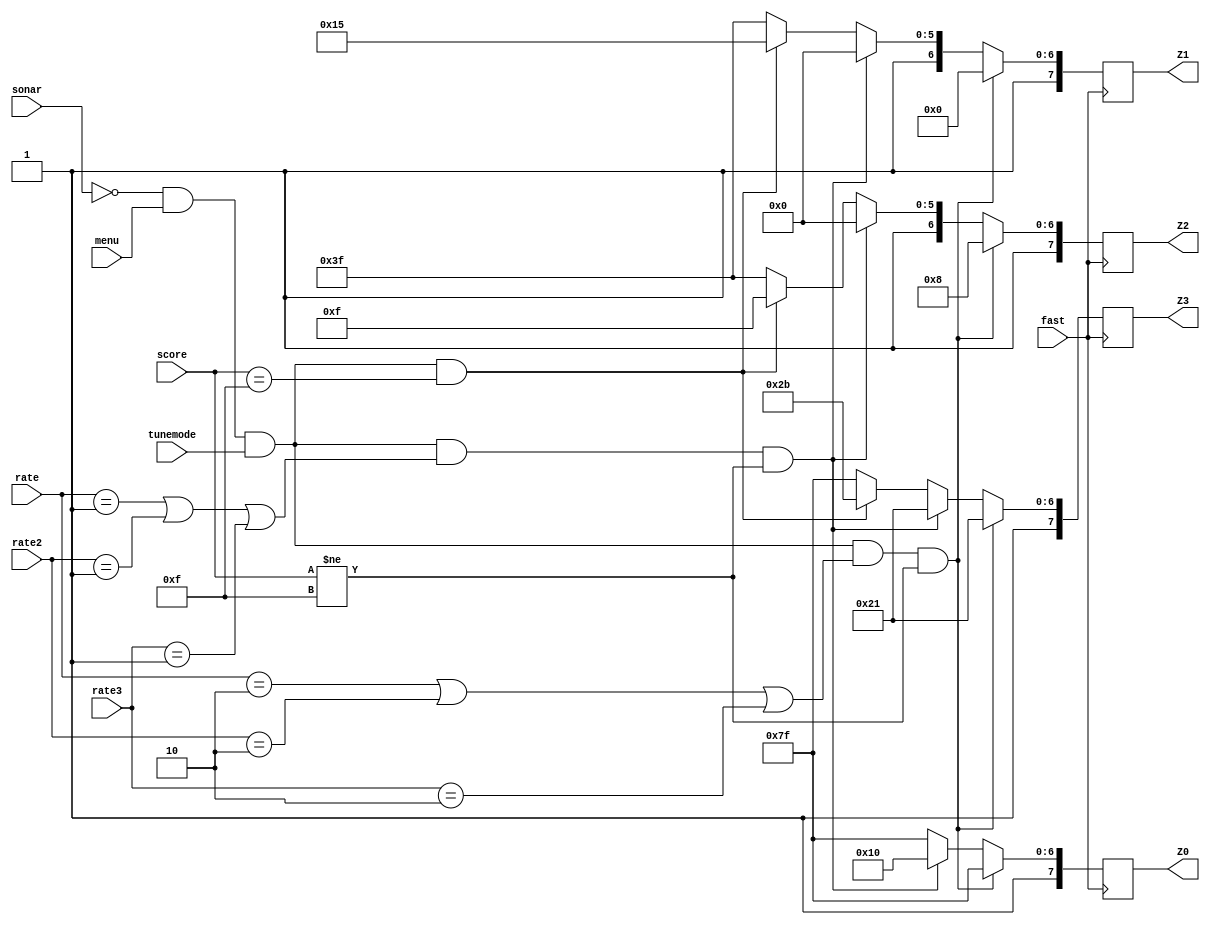
`timescale 1ns / 1ps
//////////////////////////////////////////////////////////////////////////////////
// Company: 
// Engineer: 
// 
// Design Name: 
// Module Name: show_ratings
// Project Name: 
// Target Devices: 
// Tool Versions: 
// Description: 
// 
// Dependencies: 
// 
// Revision:
// Revision 0.01 - File Created
// Additional Comments:
// 
//////////////////////////////////////////////////////////////////////////////////


module show_ratings(
    input fast,
    input sonar,
    input menu,
    input tunemode,
    input [1:0] rate,
    input [1:0] rate2,
    input [1:0] rate3,
    input [4:0] score,
    output reg [7:0] Z0 = 8'b1111_1111,
    output reg [7:0] Z1 = 8'b1111_1111,
    output reg [7:0] Z2 = 8'b1111_1111,
    output reg [7:0] Z3 = 8'b1111_1111
    );
    
    
    always @ ( posedge fast)
    begin
   
    
     if (sonar == 0 && menu == 1 && tunemode == 1 && (rate == 2 || rate2 == 2 || rate3 == 2)&& score != 15) // bad
     begin
        Z0 = 8'b1111_1111; //-
        Z1 = 8'b1000_0000; //B
        Z2 = 8'b1000_1000; //a
        Z3 = 8'b1010_0001; //d
          
      end
      else if ( sonar == 0 && menu == 1 && tunemode == 1 && (rate == 1|| rate2 == 1 || rate3 == 1)&& score != 15)
      begin
           Z0 = 8'b1001_0000; //g
            Z1 = 8'b1100_0000; //o
            Z2 = 8'b1100_0000; //0
            Z3 = 8'b1010_0001; //d
      end
     else if ( sonar == 0 && menu == 1 && tunemode == 1 && score == 15)
     begin
             Z0 = 8'b1111_1111; //-
             Z1 = 8'b11010101; //W
             Z2 = 8'b1100_1111; //i
             Z3 = 8'b1010_1011; //n            
      end
      else  // display nth
      begin 
           Z0 = 8'b1111_1111;
           Z1 = 8'b1111_1111;
           Z2 = 8'b1111_1111;// initial is all 1
           Z3 = 8'b1111_1111;
       end 
      end
      
           
    
endmodule